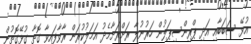
އުޅޭ ސަބަބާއި އަދި ޕްރިންސިޕަލުން ހަރުނުލާ ރަށްރަށާމެދު އަމަލުކުރަން ރާވާފައިވާ ގޮތާ ގުޅޭގޮތުން